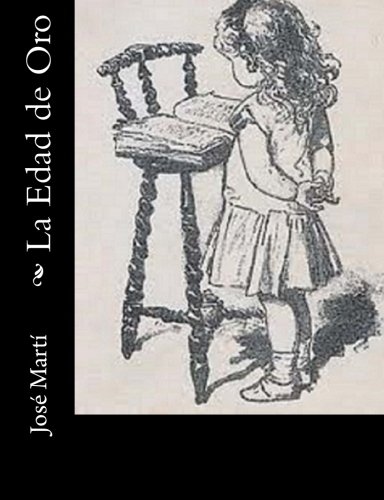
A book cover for La Edad de Oro (Spanish Edition); JosÃ© MartÃ­; Literature & Fiction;